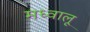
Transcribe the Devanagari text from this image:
मध्वालू